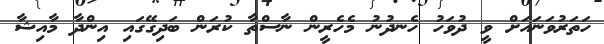
ހަތަރުވަނައަށް ވީ ދުވަހު ހެނދުނު މެހެރީން ނާސްތާ ކުރަން ބަދިގޭގައި އިންދާ މާއިޝާ